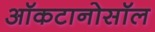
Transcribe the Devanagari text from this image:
ऑकटानोसॉल